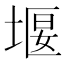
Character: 堰